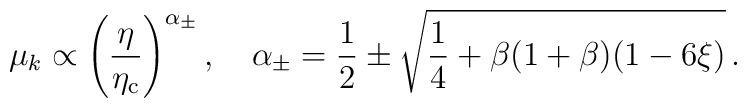
\mu_k \propto \left(\frac{\eta}{\eta_{\rm c}}\right)^{\alpha{_{\pm}}},\quad \alpha_\pm = \frac{1}{2}\pm \sqrt{\frac{1}{4} + \beta(1+\beta)(1-6\xi)}\, .